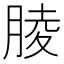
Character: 𦝄